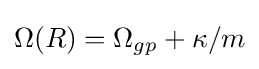
\Omega (R)=\Omega _{gp}+\kappa /m